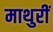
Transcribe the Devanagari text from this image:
माथुरीं